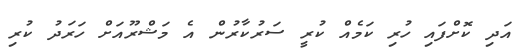
އަދި ކޮށްފައި ހުރި ކަމެއް ކުރީ ސަރުކާރުން އެ މަޝްރޫއަށް ހަރަދު ކުރި